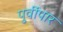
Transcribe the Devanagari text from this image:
पुर्वीपार